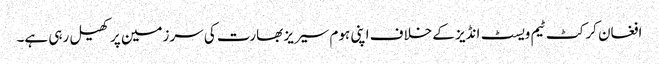
افغان کرکٹ ٹیم ویسٹ انڈیز کے خلاف اپنی ہوم سیریز بھارت کی سرزمین پر کھیل رہی ہے۔